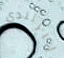
إيرلندي